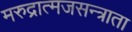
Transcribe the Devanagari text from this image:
मरुद्रात्मजसन्त्राता